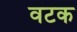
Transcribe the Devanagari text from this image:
वटक